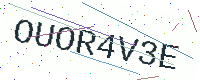
Text: OUOR4V3E